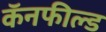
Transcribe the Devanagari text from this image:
कॅनफील्ड